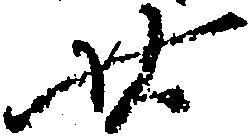
廿